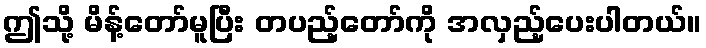
ဤသို့ မိန့်တော်မူပြီး တပည့်တော်ကို အလှည့်ပေးပါတယ်။